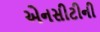
એનસીટીની